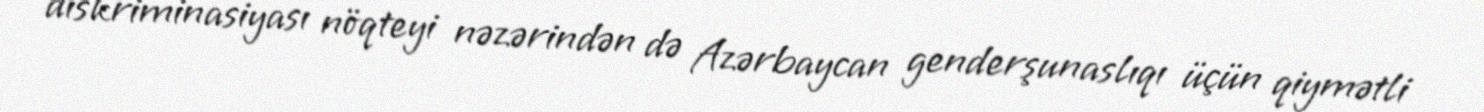
diskriminasiyası nöqteyi nəzərindən də Azərbaycan genderşunaslıqı üçün qiymətli